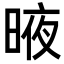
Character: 𣈋